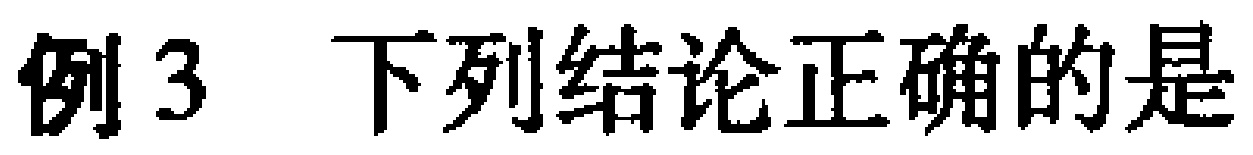
例3 下列结论正确的是